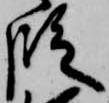
段